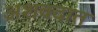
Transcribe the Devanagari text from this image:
अशवदात